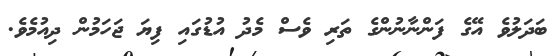
ބަދަލުވެ އޭގެ ފަންނާނުންގެ ތަރި ވެސް މެދު އުޑުގައި ފިޔަ ޖަހަމުން ދިއުމެވެ.